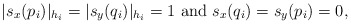
\begin{align*}|s_x(p_i)|_{h_i }=|s_y(q_i)|_{h_i}=1~{\rm and}~ s_x(q_i)= s_y(p_i)=0,\end{align*}